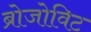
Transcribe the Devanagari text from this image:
ब्रोजोविट